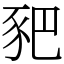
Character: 豝